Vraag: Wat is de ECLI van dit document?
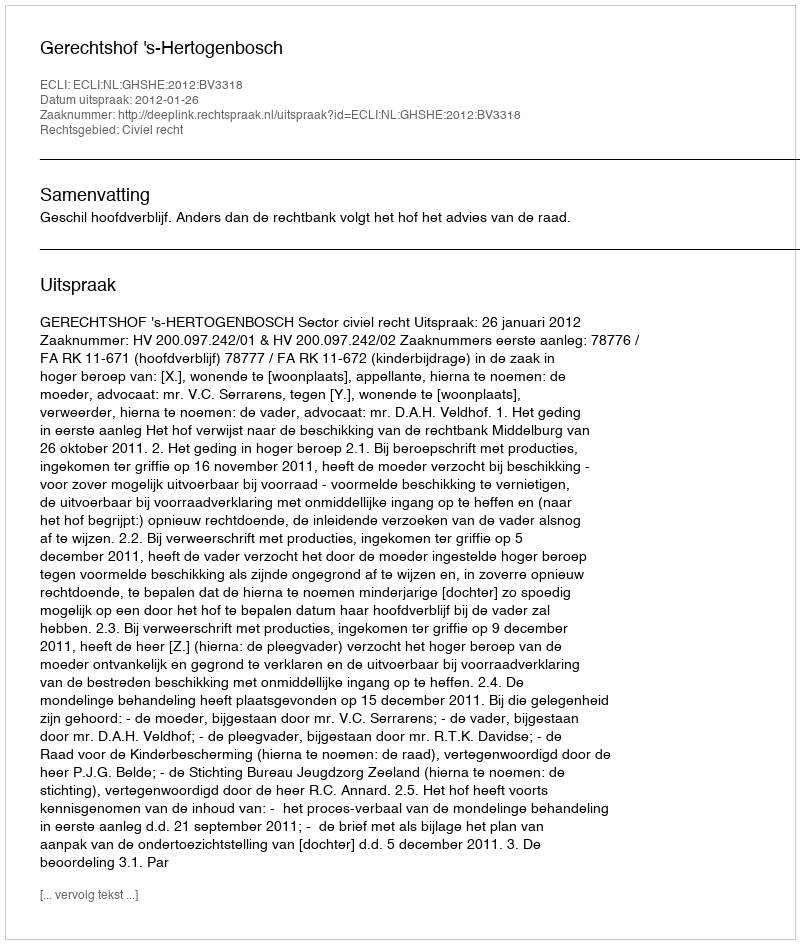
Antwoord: ECLI:NL:GHSHE:2012:BV3318